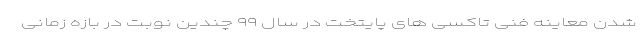
شدن معاینه فنی تاکسی های پایتخت در سال ۹۹ چندین نوبت در بازه زمانی